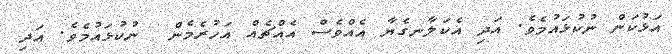
އަޅުކަން ނުކުޅައުމެވެ. އަދި އެކަލާނގެޔާ އެއްވެސް އެއްޗެއް އަހުރެމެން  ނުކުޅައުމެވެ. އަދި